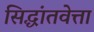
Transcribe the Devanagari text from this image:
सिद्धांतवेत्ता